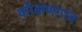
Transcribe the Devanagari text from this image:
कोकणगांव